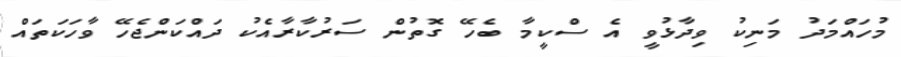
މުހައްމަދު މަނިކު ވިދާޅުވީ އެ ސްކީމާ ބެހޭ ގޮތުން ސަރުކާރާއެކު ދައްކަންޖެހޭ ވާހަކަތައް